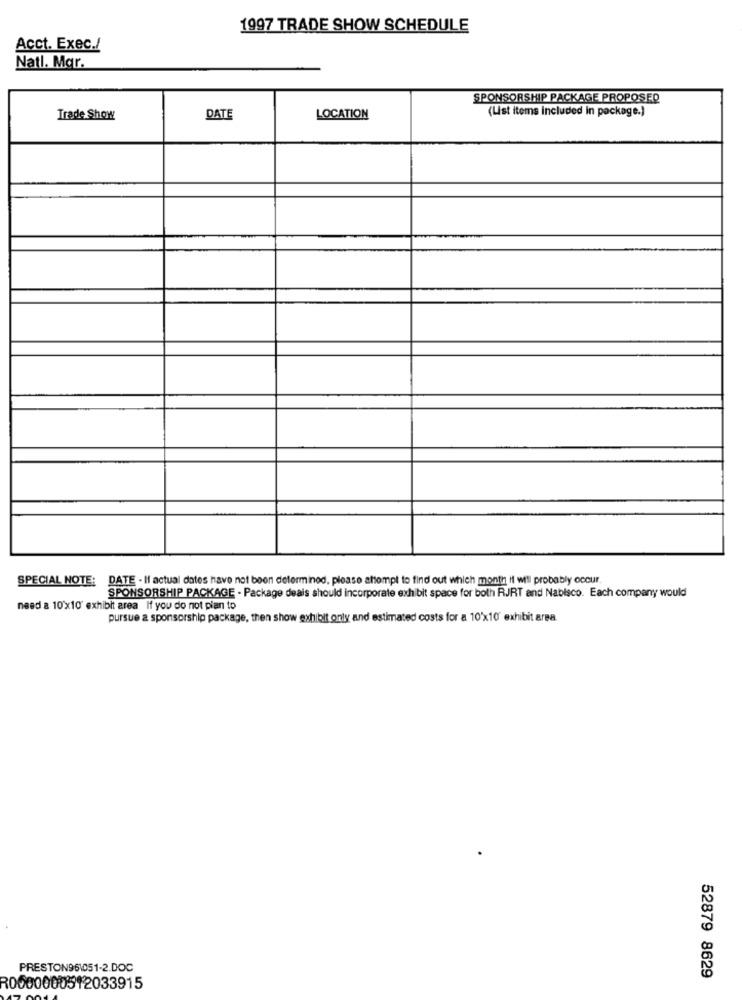
1997 TRADE SHOW SCHEDULE
Acct. Exec./
Natl. Mgr.
SPONSORSHIP PACKAGE PROPOSED
(List items included in package.)
Trade Show
DATE
LOCATION
SPECIAL NOTE: DATE - If actual dates have not been determined, please attempt to find out which month it will probably occur.
SPONSORSHIP PACKAGE - Package deals should incorporate exhibit space for both RJRT and Nabisco. Each company would
need a 10x10' exhibit area If you do not pian to
pursue a sponsorship package, then show exhibit only and estimated costs for a 10x10" exhibit area.
PRESTON961051-2.DOC
52879 8629
R0000000512033915